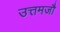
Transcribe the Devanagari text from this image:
उत्तमजौ